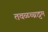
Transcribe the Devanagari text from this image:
तवळच्चाट्टम